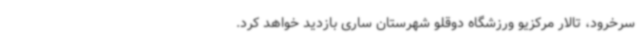
سرخرود، تالار مرکزیو ورزشگاه دوقلو شهرستان ساری بازدید خواهد کرد.